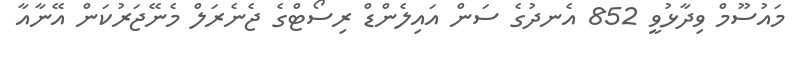
މައުސޫމް ވިދާޅުވީ 852 އެނދުގެ ސަން އައިލެންޑް ރިސޯޓްގެ ޖެނެރަލް މެނޭޖަރުކަން އޭނާއާ